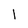
Character: I